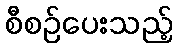
စီစဉ်ပေးသည့်